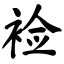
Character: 裣